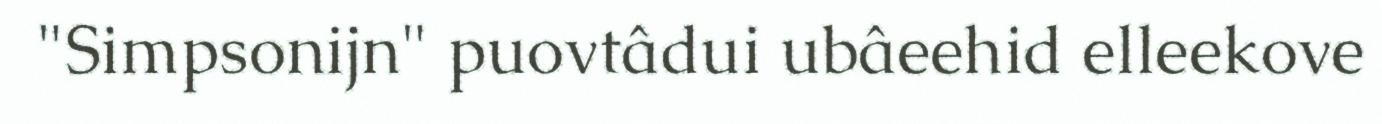
"Simpsonijn" puovtâdui ubâeehid elleekove